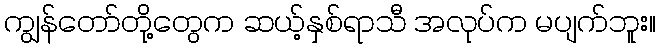
ကျွန်တော်တို့တွေက ဆယ့်နှစ်ရာသီ အလုပ်က မပျက်ဘူး။